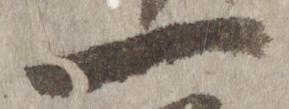
一